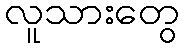
လူသားတွေ